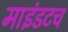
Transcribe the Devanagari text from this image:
माइंडटच